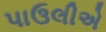
પાઉલીએ